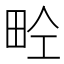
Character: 𤱝